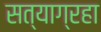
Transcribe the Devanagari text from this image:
सत्याग्रहा